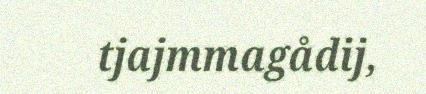
tjajmmagådij,